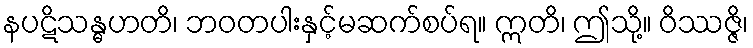
နပဋိသန္ဓဟတိ၊ ဘဝတပါးနှင့်မဆက်စပ်ရ။ ဣတိ၊ ဤသို့။ ဝိဿဇ္ဇိ၊